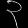
Digit: ၃